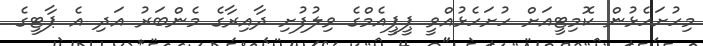
މިހުށަހެޅުން ކޮމިޓީއަށް ހުށަހެޅުއްވީ ޕީޕީއެމްގެ ވިލުފުށި ދާއިރާގެ މެންބަރު އަދި އެ ޕާޓީގެ